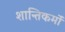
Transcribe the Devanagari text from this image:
शान्तिकर्मों